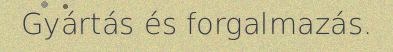
Gyártás és forgalmazás.